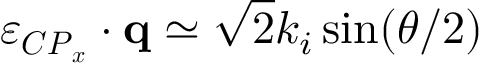
\boldsymbol { \varepsilon _ { { C P } _ { x } } } \cdot { \mathbf { q } } \simeq \sqrt 2 k _ { i } \sin ( \theta / 2 )